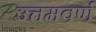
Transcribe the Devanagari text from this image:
उत्तमवर्ण